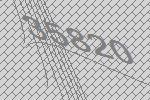
35820